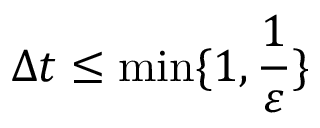
\Delta t \leq \operatorname* { m i n } \lbrace 1 , \frac { 1 } { \varepsilon } \rbrace